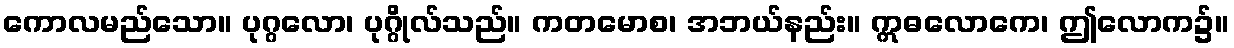
ကောလမည်သော။ ပုဂ္ဂလော၊ ပုဂ္ဂိုလ်သည်။ ကတမောစ၊ အဘယ်နည်း။ ဣဓလောကေ၊ ဤလောက၌။